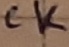
Text: CK